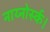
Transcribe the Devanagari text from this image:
नाय्नोर्स्क।